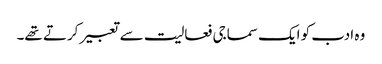
وہ ادب کو ایک سماجی فعالیت سے تعبیر کرتے تھے۔